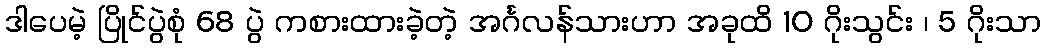
ဒါပေမဲ့ ပြိုင်ပွဲစုံ 68 ပွဲ ကစားထားခဲ့တဲ့ အင်္ဂလန်သားဟာ အခုထိ 10 ဂိုးသွင်း ၊ 5 ဂိုးသာ